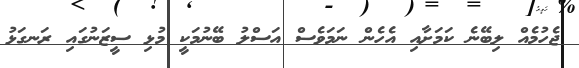
ޖެހުމެއް ލިބޭނެ ކަމަށާއި އެހެން ނަމަވެސް އަސްލު ބޭނުމަކީ މުޅި ސީޒަނުގައި ރަނގަޅު